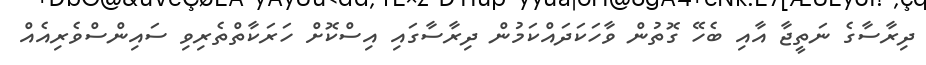
ދިރާސާގެ ނަތީޖާ އާއި ބެހޭ ގޮތުން ވާހަކަދައްކަމުން ދިރާސާގައި އިސްކޮށް ހަރަކާތްތެރިވި ސައިންސްވެރިއެއް